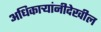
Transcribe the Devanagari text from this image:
अधिकाऱ्यांनीदेखील